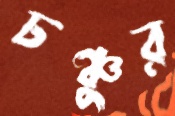
চঞ্চুর